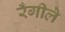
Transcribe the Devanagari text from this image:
रँगीले